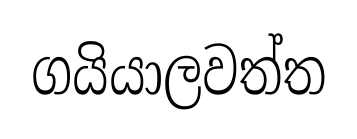
ගයියාලවත්ත